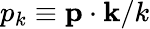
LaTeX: p_{k}\equiv\mathbf{p}\cdot\mathbf{k}/k